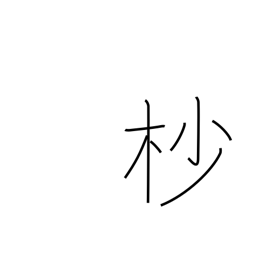
Meaning: treetop